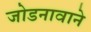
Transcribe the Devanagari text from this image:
जोडनावाने